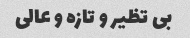
بی تظیر و تازه و عالی